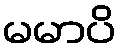
မမာပိ